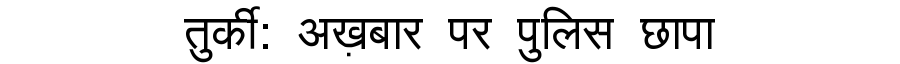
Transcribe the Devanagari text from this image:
तुर्की: अख़बार पर पुलिस छापा